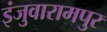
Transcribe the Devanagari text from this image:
इंजुवारामपुर